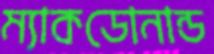
ম্যাকডোনান্ড